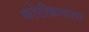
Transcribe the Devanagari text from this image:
कोटीक्रमाला